Vaccination in Bombay 1924-1928 - 1924-1928
Year: 1924
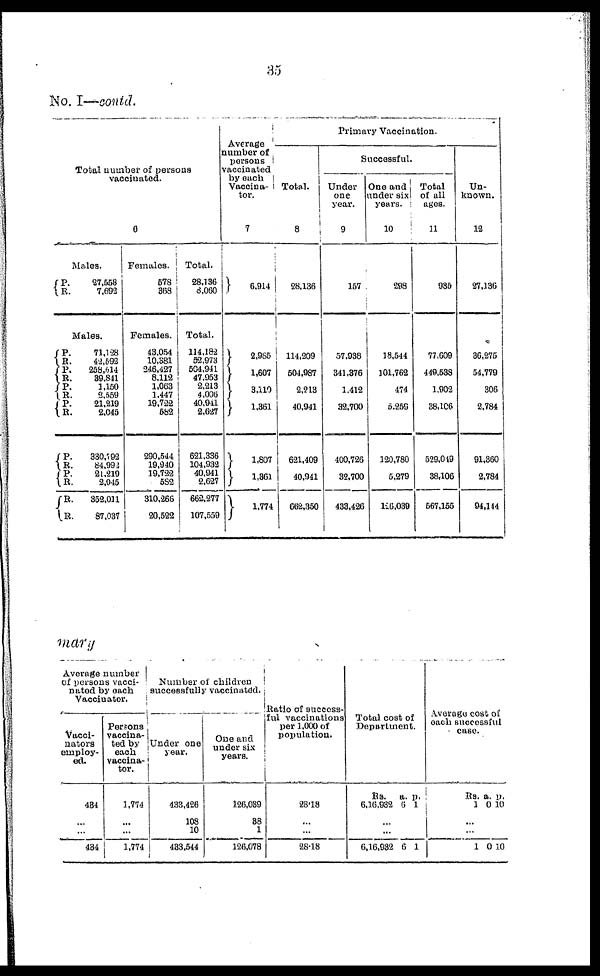
35
No. I—contd.
Total number of persons
vaccinated.
6
Males.
P.
R.
27,558
7,692
Males.
P.
R.
P.
R.
P.
R.
P.
R.
P.
R.
P.
R.
R.
R.
71,128
42,592
258,614
39,811
1,150
2,559
21,219
2,045
380,792
84,992
21,219
2,045
352,011
87,037
Females.
578
368
Females.
43,054
10,381
246,427
8,112
1,063
1,447
19,722
682
290,544
19,940
19,722
582
310,266
20,522
Total.
28,136
8,060
Total.
114,182
52,973
504,941
47,953
2,213
4,006
40,941
2,627
621,336
104,932
40,941
2,627
662,277
107,559
Average
number of
persons
vaccinated
by each
Vaccina¬
tor.
7
6,914
2,985
1,607
3,110
1,361
1,807
1,861
1,774
Primary Vaccination.
Total.
8
28,136
114,209
504,987
2,213
40,941
621,409
40,941
662,350
Successful.
Under
one
year.
9
157
57,938
341,376
1,412
32,700
400,726
32,700
433,426
One and
under six
years.
10
298
18,544
101,762
474
5,259
120,780
5,279
126,039
Total
of all
ages.
11
985
77,609
449,538
1,902
38,106
529,019
38,106
567,155
Un-
known.
12
27,136
36,275
54,779
306
2,784
91,360
2,784
94,114
mary
Average number
of persons vacci¬
nited by each
Vaccinator.
Vacci¬
nators
employ-
ed.
484
...
...
434
Persons
vaccina-
ted by
each
vaccina¬
tor.
1,774
...
...
1,774
Number of children
successfully vaccinated.
Under one
year.
433,426
108
10
483,544
One and
under six
years.
126,039
38
1
126,078
Ratio of success-
ful vaccinations
per 1,000 of
population.
28.18
...
...
28.18
Total cost of
Department.
Rs.
6,16,932
a.
6
p.
1
...
...
6,16,932 6 1
Average cost of
each successful
case.
Rs.
1
a.
0
p.
10
1 0 10